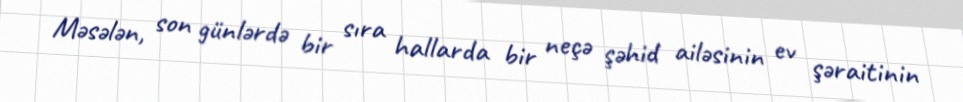
Məsələn, son günlərdə bir sıra hallarda bir neçə şəhid ailəsinin ev şəraitinin